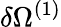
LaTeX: \delta\Omega^{(1)}